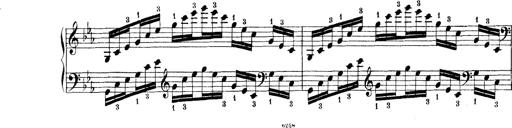
Title: Technische Studien
Composer: Franz Liszt